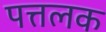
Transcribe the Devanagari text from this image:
पत्तलक